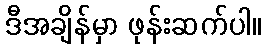
ဒီအချိန်မှာ ဖုန်းဆက်ပါ။